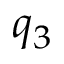
q _ { 3 }